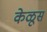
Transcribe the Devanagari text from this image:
केळूस